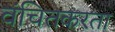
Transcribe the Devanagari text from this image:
वंचितकरता